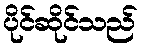
ပိုင်ဆိုင်သည်